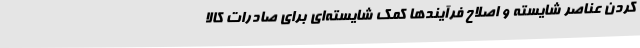
کردن عناصر شایسته و اصلاح فرآیندها کمک شایسته‌ای برای صادرات کالا